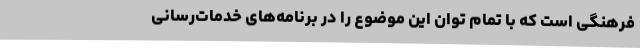
فرهنگی است که با تمام توان این موضوع را در برنامه‌های خدمات‌رسانی